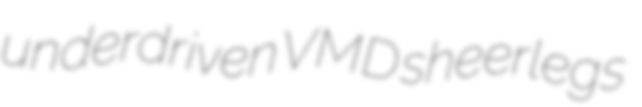
underdriven VMD sheerlegs